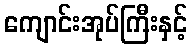
ကျောင်းအုပ်ကြီးနှင့်